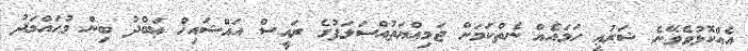
އެއްކޮޅުވެވޭނެ ޝަރުޢީ ހަމައެއް ނެތްކަމަށް ޖަމިއްޔަތުއްސަލަފުގެ ރައީސް އައްޝައިޚް ޢަބްދު ބިން މުޙައްމަދު